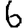
Digit: 6